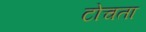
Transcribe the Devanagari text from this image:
टोचता